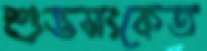
শুভসংকেত